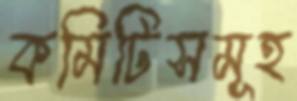
কমিটিসমূহ